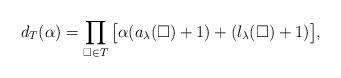
LaTeX: \begin{align*}d_T(\alpha) = \prod_{\square \in T } \big[ \alpha(a_\lambda(\square) +1) + (l_\lambda(\square) +1) \big],\end{align*}